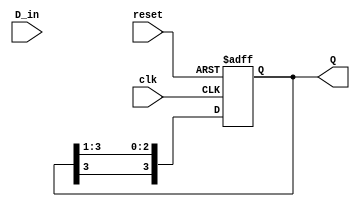
module feedback_register (
    input wire clk,          // Clock input
    input wire reset,        // Reset input
    input wire D_in,         // Data input
    output reg [N-1:0] Q     // Output register (N bits)
);
    parameter N = 4;         // Number of bits in the register

    // Internal feedback signal
    wire feedback;

    // Feedback logic (XOR of the last flip-flop output)
    assign feedback = Q[N-1]; // Feedback from the last flip-flop

    // Sequential logic for the feedback register
    always @(posedge clk or posedge reset) begin
        if (reset) begin
            Q <= 0; // Initialize register to zero on reset
        end else begin
            // Shift operation with feedback
            Q <= {feedback, Q[N-1:1]}; // Shift left and insert feedback
        end
    end
endmodule